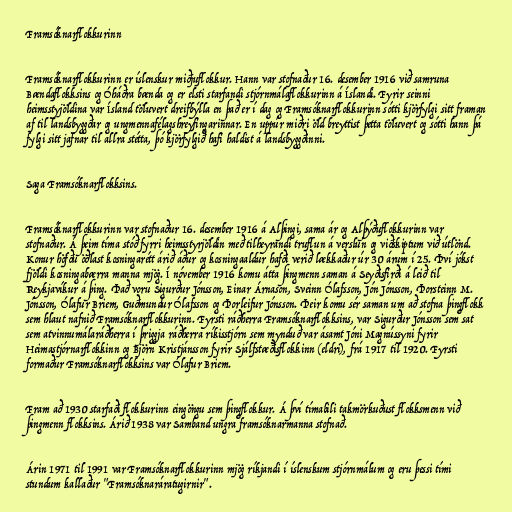
Framsóknarflokkurinn

Framsóknarflokkurinn er íslenskur miðjuflokkur. Hann var stofnaður 16. desember 1916 við samruna
Bændaflokksins og Óháðra bænda og er elsti starfandi stjórnmálaflokkurinn á Íslandi. Fyrir seinni
heimsstyjöldina var Ísland töluvert dreifbýlla en það er í dag og Framsóknarflokkurinn sótti kjörfylgi sitt framan
af til landsbyggðar og ungmennafélagshreyfingarinnar. En uppúr miðri öld breyttist þetta töluvert og sótti hann þá
fylgi sitt jafnar til allra stétta, þó kjörfylgið hafi haldist á landsbyggðinni.

Saga Framsóknarflokksins.

Framsóknarflokkurinn var stofnaður 16. desember 1916 á Alþingi, sama ár og Alþýðuflokkurinn var
stofnaður. Á þeim tíma stóð fyrri heimsstyrjöldin með tilheyrandi truflun á verslun og viðskiptum við útlönd.
Konur höfðu öðlast kosningarétt árið áður og kosningaaldur hafði verið lækkaður úr 30 árum í 25. Því jókst
fjöldi kosningabærra manna mjög. Í nóvember 1916 komu átta þingmenn saman á Seyðisfirði á leið til
Reykjavíkur á þing. Það voru Sigurður Jónsson, Einar Árnason, Sveinn Ólafsson, Jón Jónsson, Þorsteinn M.
Jónsson, Ólafur Briem, Guðmundur Ólafsson og Þorleifur Jónsson. Þeir komu sér saman um að stofna þingflokk
sem hlaut nafnið Framsóknarflokkurinn. Fyrsti ráðherra Framsóknarflokksins, var Sigurður Jónsson sem sat
sem atvinnumálaráðherra í þriggja ráðherra ríkisstjórn sem mynduð var ásamt Jóni Magnússyni fyrir
Heimastjórnarflokkinn og Björn Kristjánsson fyrir Sjálfstæðisflokkinn (eldri), frá 1917 til 1920. Fyrsti
formaður Framsóknarflokksins var Ólafur Briem.

Fram að 1930 starfaði flokkurinn eingöngu sem þingflokkur. Á því tímabili takmörkuðust flokksmenn við
þingmenn flokksins. Árið 1938 var Samband ungra framsóknarmanna stofnað.

Árin 1971 til 1991 var Framsóknarflokkurinn mjög ríkjandi í íslenskum stjórnmálum og eru þessi tími
stundum kallaður "Framsóknaráratugirnir".